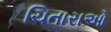
ચિતારાઓ